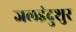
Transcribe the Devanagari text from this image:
जलइंदुशुर